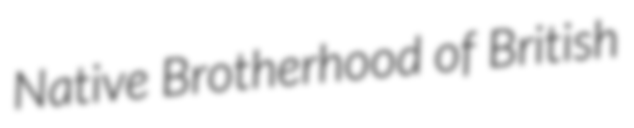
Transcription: Native Brotherhood of British